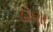
ઠોણા